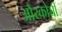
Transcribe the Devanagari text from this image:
औरकोच्ची